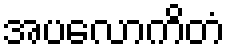
အပလောကိတံ